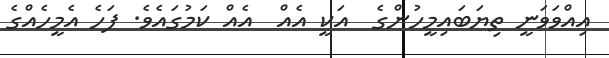
އިއްވަވަނީ ތިޔަބައިމީހުންގެ  އަކީ އެއް  އެއް ކަމުގައެވެ. ފަހެ އެމީހެއްގެ